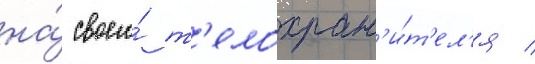
на́ своего́ т'елохран'и́т'ел'я /